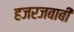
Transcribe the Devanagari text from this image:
हजरजबाबी